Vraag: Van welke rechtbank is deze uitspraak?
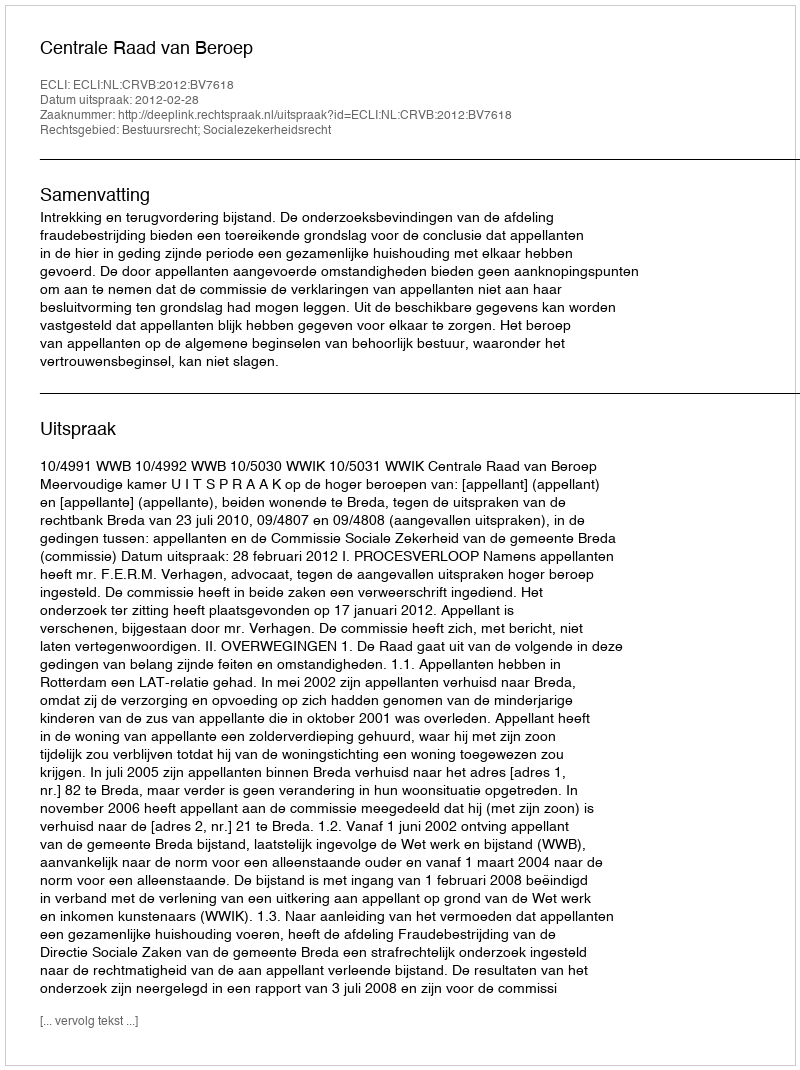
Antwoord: Centrale Raad van Beroep